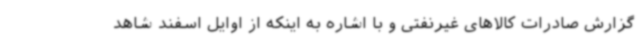
گزارش صادرات کالاهای غیرنفتی و با اشاره به اینکه از اوایل اسفند شاهد